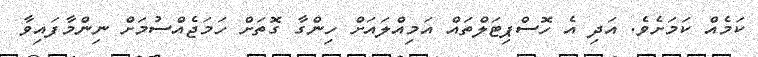
ކަމެއް ކަމަށެވެ. އަދި އެ ހޮސްޕިޓަލްތައް އަމިއްލައަށް ހިންގާ ގޮތަށް ހަމަޖެއްސުމަށް ނިންމާފައިވާ